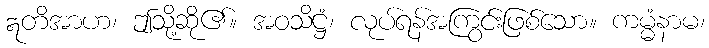
ဣတိအာဟ၊ ဤသို့ဆို၏။ အဝသိဋ္ဌံ၊ လုပ်ရန်အကြွင်းဖြစ်သော။ ကမ္မံနာမ၊